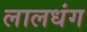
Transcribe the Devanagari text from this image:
लालधंग